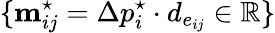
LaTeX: \{ \mathbf{m}_{ij}^{\star}=\Delta p_{i}^{\star}\cdot d_{e_{ij}}\in\mathbb{R}\}